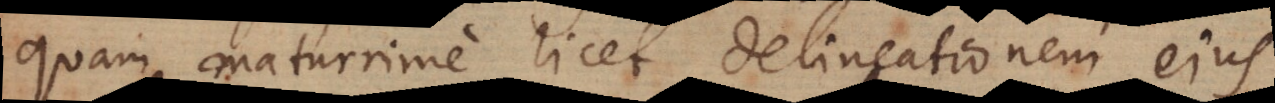
quam maturrime licet delineationem ejus